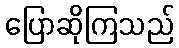
ပြောဆိုကြသည်